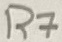
Text: R7